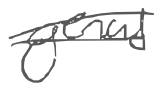
Text: genus
Cross-out: double-line
Writing tool: digital_gray